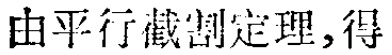
由平行截割定理,得